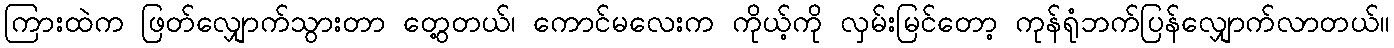
ကြားထဲက ဖြတ်လျှောက်သွားတာ တွေ့တယ်၊ ကောင်မလေးက ကိုယ့်ကို လှမ်းမြင်တော့ ကုန်ရုံဘက်ပြန်လျှောက်လာတယ်။